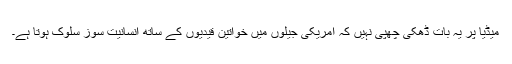
میڈیا پر یہ بات ڈھکی چھپی نہیں کہ امریکی جیلوں میں خواتین قیدیوں کے ساتھ انسانیت سوز سلوک ہوتا ہے۔